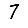
Digit: 7